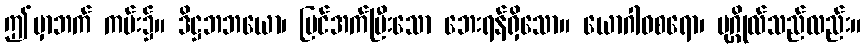
ဤမှာဘက် ကမ်း၌။ ဒိဋ္ဌဘဘယော၊ မြင်အက်ပြီးသော ဘေးရန်ရှိသော။ ယောဂါဝစရော၊ ပုဂ္ဂိုလ်သည်လည်း။